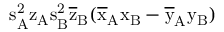
\mathrm { s _ { A } ^ { 2 } \mathrm { z _ { A } \mathrm { s _ { B } ^ { 2 } \mathrm { \overline { { z } } _ { B } ( \mathrm { \overline { { x } } _ { A } \mathrm { x _ { B } - \mathrm { \overline { { y } } _ { A } \mathrm { y _ { B } ) } } } } } } } }